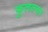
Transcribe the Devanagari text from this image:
फुलल्या